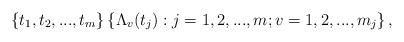
LaTeX: \begin{align*}\left\{ t_{1},t_{2},...,t_{m}\right\} \left\{ \Lambda_{v}(t_{j}):j=1,2,...,m;v=1,2,...,m_{j}\right\} ,\end{align*}